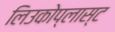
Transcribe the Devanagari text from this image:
लिउकोप्लास्ट